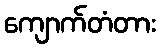
ကျောက်တံတား